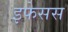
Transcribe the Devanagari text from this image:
इफेसस